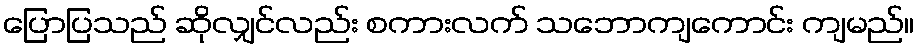
ပြောပြသည် ဆိုလျှင်လည်း စကားလက် သဘောကျကောင်း ကျမည်။